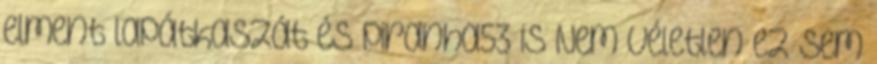
elment lapátkaszát és piranha53 is Nem véletlen ez sem